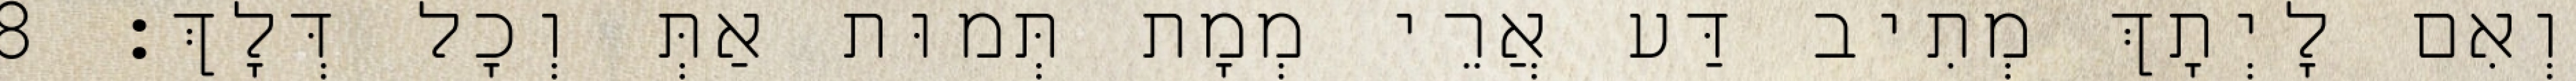
וְאִם לָיְתָךְ מְתִיב דַּע אֲרֵי מְמָת תְּמוּת אַתְּ וְכָל דְּלָךְ׃ 8